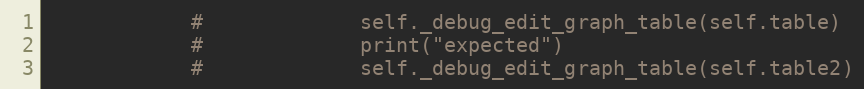
Language: Python
            #             self._debug_edit_graph_table(self.table)
            #             print("expected")
            #             self._debug_edit_graph_table(self.table2)